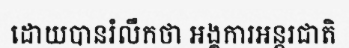
ដោយបានរំលឹកថា អង្គការអន្តរជាតិ